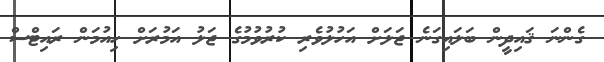
ގެންނަ ޤައިދީން ބަލައިގަނެ ޖަލަށް އަހުލުވެރި ކުރުވުމުގެ ޖަލު އަމުރަށް ހިއުމަން ރައިޓްސް